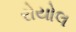
રોયોલ